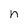
Character: n